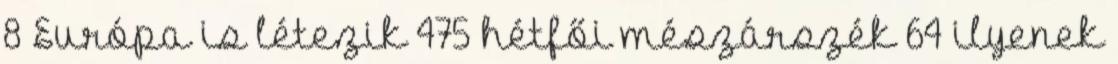
8 Európa is létezik 475 hétfői mészárszék 64 ilyenek